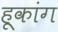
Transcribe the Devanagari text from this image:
हूकांग